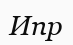
Ипр